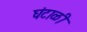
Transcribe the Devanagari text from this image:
घंटाळी